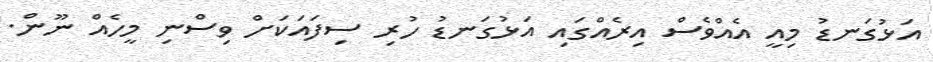
އަޅުގަނޑު މިއީ އެއްވެސް އިރެއްގައި އަޅުގަނޑު ހުރި ސިފައަކަށް ވިސްނި މީހެއް ނޫން.